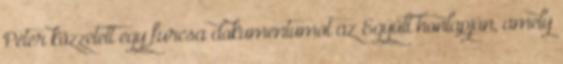
Péter közzétett egy furcsa dokumentumot az Együtt honlapján, amely